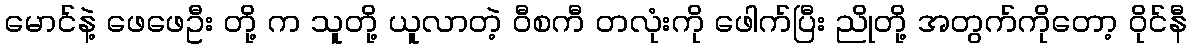
မောင်နဲ့ ဖေဖေဦး တို့ က သူတို့ ယူလာတဲ့ ဝီစကီ တလုံးကို ဖေါက်ပြီး ညိုတို့ အတွက်ကိုတော့ ဝိုင်နီ